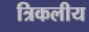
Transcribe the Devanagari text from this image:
त्रिकलीय